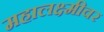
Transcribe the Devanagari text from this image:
महालक्ष्मीवर